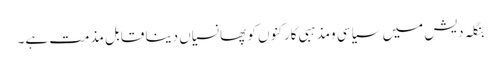
بنگلہ دیش میں سیاسی ومذہبی کارکنوں کو پھانسیاں دینا قابل مذمت ہے۔